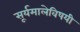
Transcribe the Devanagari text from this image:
सूर्यमालेविषयी